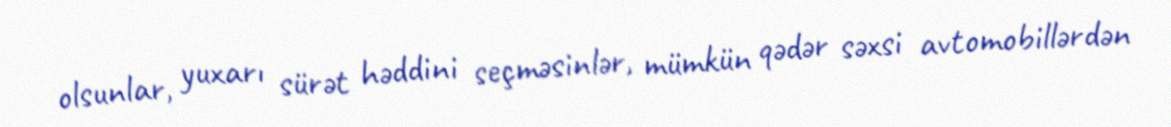
olsunlar, yuxarı sürət həddini seçməsinlər, mümkün qədər səxsi avtomobillərdən